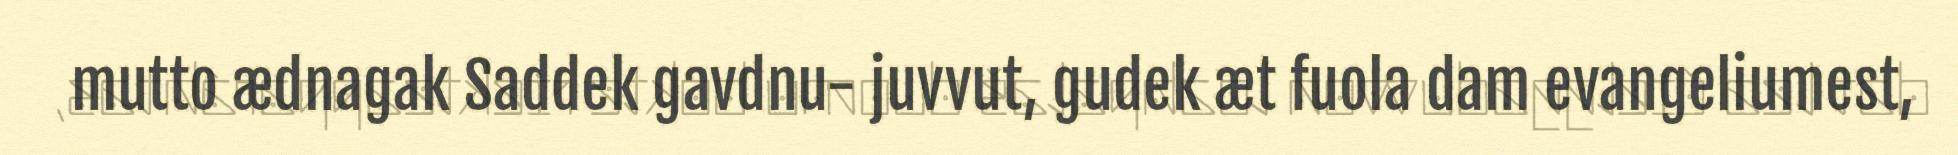
mutto ædnagak Saddek gavdnu- juvvut, gudek æt fuola dam evangeliumest,